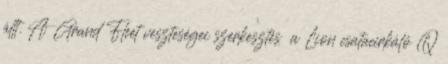
állt. A Grand Fleet veszteségei szerkesztés a Lion csatacirkáló Q